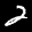
Label: 2